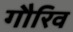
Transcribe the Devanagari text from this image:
गौरिव